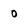
Character: 0